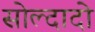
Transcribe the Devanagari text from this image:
सोल्दादो